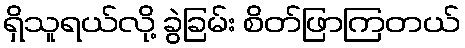
ရှိသူရယ်လို့ ခွဲခြမ်း စိတ်ဖြာကြတယ်